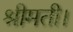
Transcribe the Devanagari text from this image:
श्रीमती।